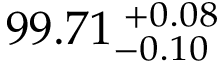
9 9 . 7 1 _ { - 0 . 1 0 } ^ { ~ \! + 0 . 0 8 }